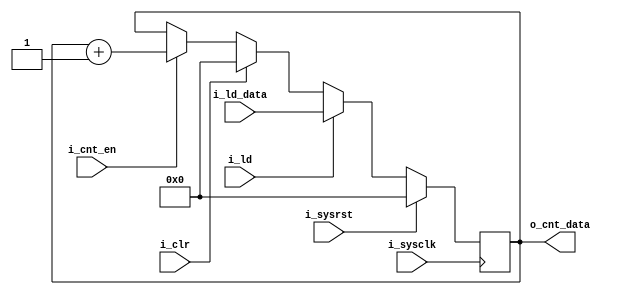
`timescale 1ns / 1ps
//////////////////////////////////////////////////////////////////////////////////
// Company: 
//
// Design Name: 	16-bit counter
// Module Name: 	counter
// Project Name: 	16-bit counter
// Target Devices: 
// Tool Versions: 
// Description: 
// 
// Dependencies: 
// 
// Revision:
// Revision 0.01 - File Created
// Additional Comments:
// 
//////////////////////////////////////////////////////////////////////////////////

module counter(	
	input			i_sysclk,		// System Clock
	input			i_sysrst,		// System Reset

	input			i_ld,			// Load
	input	[15:0]	i_ld_data,		// Load data

	input			i_clr,			// Clear
	input			i_cnt_en,		// Count enable

	output 	[15:0]	o_cnt_data		// Counter value
);

//---------------------------------------------
//	Counter
//---------------------------------------------
reg [15:0] 	r_cnt;
always @ (posedge i_sysclk)
begin
	if(i_sysrst)						// System reset
		r_cnt <= 16'h0;
	else 
	begin
		if(i_ld)						// Load data
			r_cnt <= i_ld_data;
		else if(i_clr)					// Clear
			r_cnt <= 16'h0;
		else if(i_cnt_en)				// If counting enabled
			r_cnt <= r_cnt + 1'b1;
	end
end
//---------------------------------------------
assign o_cnt_data = r_cnt;
//---------------------------------------------
endmodule